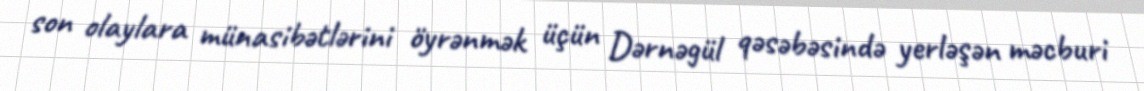
son olaylara münasibətlərini öyrənmək üçün Dərnəgül qəsəbəsində yerləşən məcburi